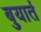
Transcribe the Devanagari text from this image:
बुयार्त